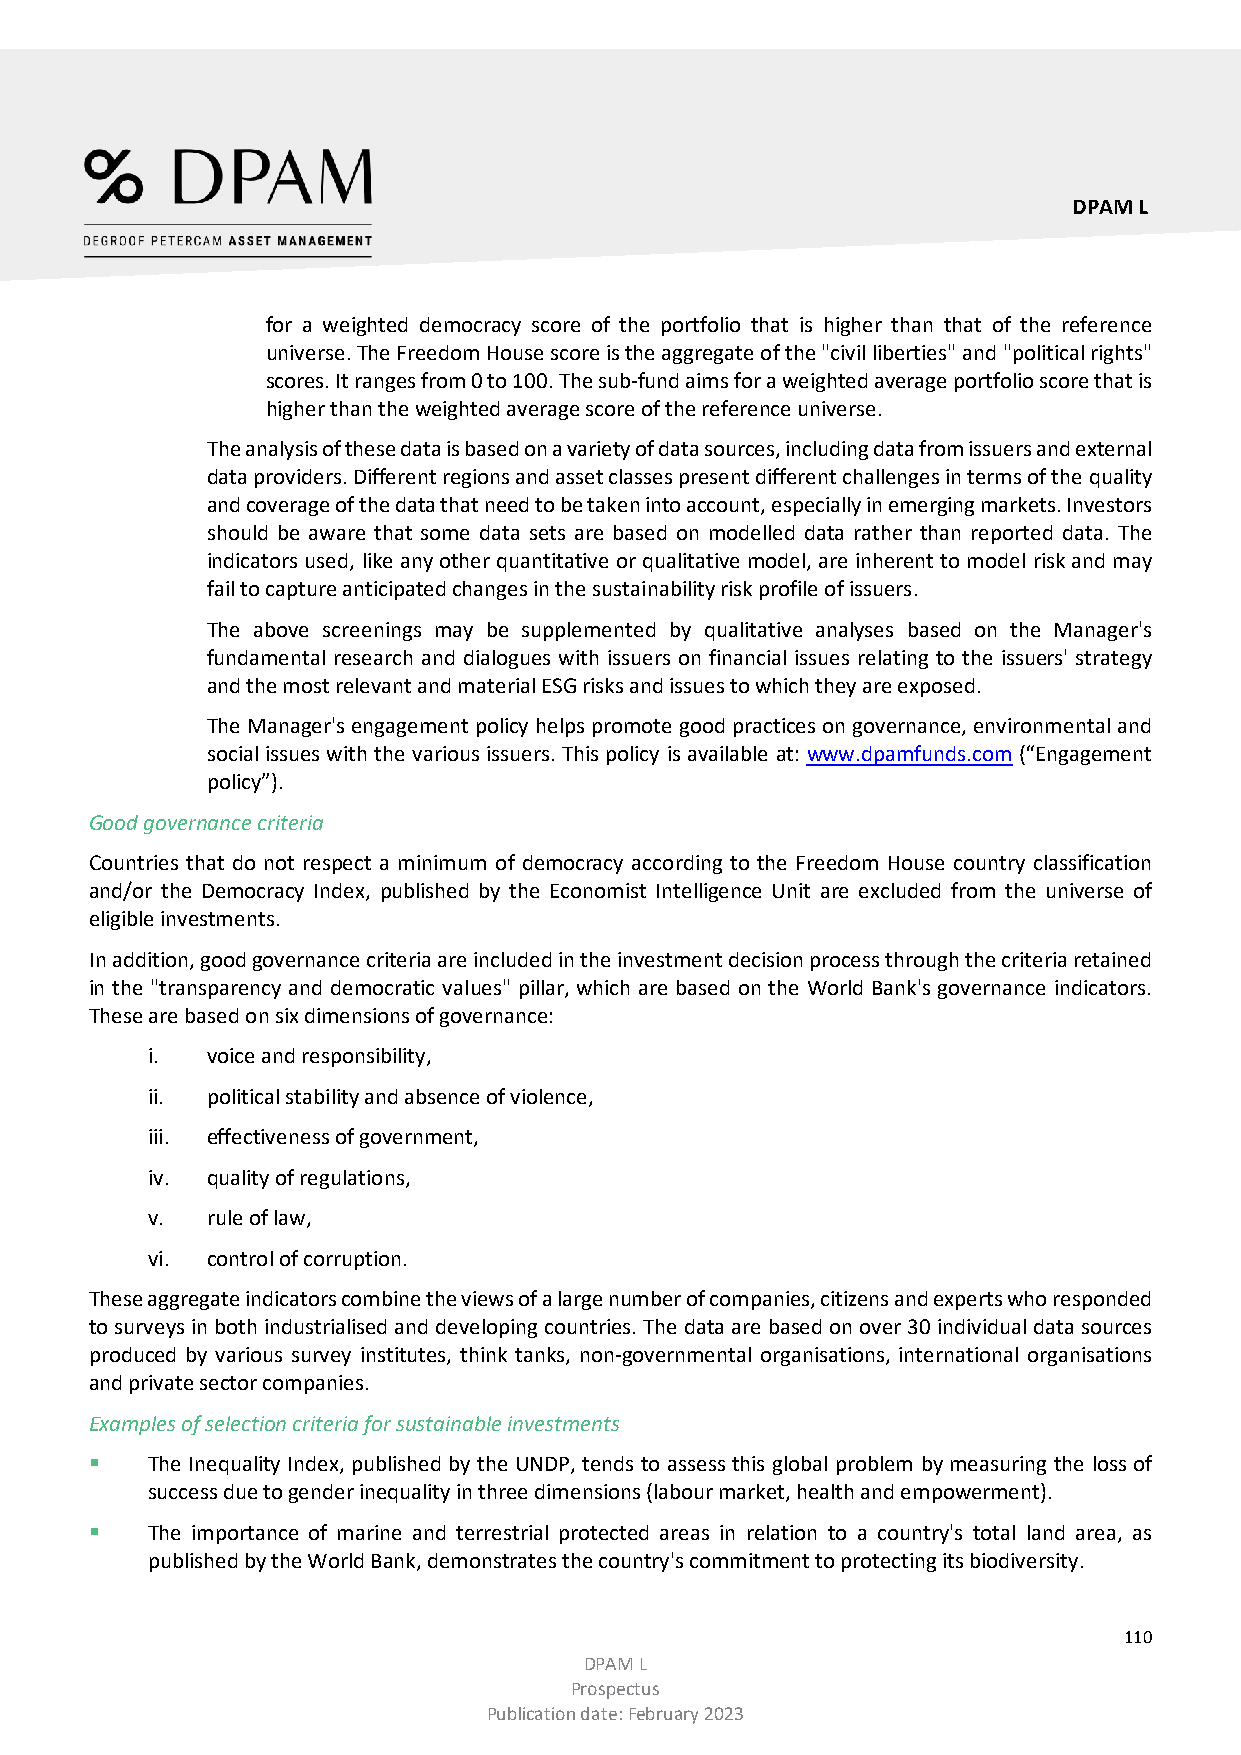
DPAM L
 for a weighted democracy score of the portfolio that is higher than that of the reference
 universe. The Freedom House score is the aggregate of the "civil liberties" and "political rights"
 scores. It ranges from 0 to 100. The sub-fund aims for a weighted average portfolio score that is
 higher than the weighted average score of the reference universe.
 The analysis of these data is based on a variety of data sources, including data from issuers and external
 data providers. Different regions and asset classes present different challenges in terms of the quality
 and coverage of the data that need to be taken into account, especially in emerging markets. Investors
 should be aware that some data sets are based on modelled data rather than reported data. The
 indicators used, like any other quantitative or qualitative model, are inherent to model risk and may
 fail to capture anticipated changes in the sustainability risk profile of issuers.
 The above screenings may be supplemented by qualitative analyses based on the Manager's
 fundamental research and dialogues with issuers on financial issues relating to the issuers' strategy
 and the most relevant and material ESG risks and issues to which they are exposed.
 The Manager's engagement policy helps promote good practices on governance, environmental and
 social issues with the various issuers. This policy is available at: www.dpamfunds.com (“Engagement
 policy”).
 Good governance criteria
 Countries that do not respect a minimum of democracy according to the Freedom House country classification
 and/or the Democracy Index, published by the Economist Intelligence Unit are excluded from the universe of
 eligible investments.
 In addition, good governance criteria are included in the investment decision process through the criteria retained
 in the "transparency and democratic values" pillar, which are based on the World Bank's governance indicators.
 These are based on six dimensions of governance:
 i.  voice and responsibility,
 ii. political stability and absence of violence,
 iii. effectiveness of government,
 iv. quality of regulations,
 v.  rule of law,
 vi. control of corruption.
 These aggregate indicators combine the views of a large number of companies, citizens and experts who responded
 to surveys in both industrialised and developing countries. The data are based on over 30 individual data sources
 produced by various survey institutes, think tanks, non-governmental organisations, international organisations
 and private sector companies.
 Examples of selection criteria for sustainable investments
    The Inequality Index, published by the UNDP, tends to assess this global problem by measuring the loss of
 success due to gender inequality in three dimensions (labour market, health and empowerment).
    The importance of marine and terrestrial protected areas in relation to a country's total land area, as
 published by the World Bank, demonstrates the country's commitment to protecting its biodiversity.
 110
 DPAM L
 Prospectus
 Publication date: February 2023